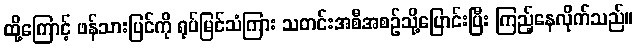
ထို့ကြောင့် ဖန်သားပြင်ကို ရုပ်မြင်သံကြား သတင်းအစီအစဉ်သို့ပြောင်းပြီး ကြည့်နေလိုက်သည်။